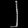
Digit: ၂